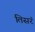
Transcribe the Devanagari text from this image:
तिसरं